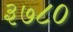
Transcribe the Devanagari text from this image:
३७८०